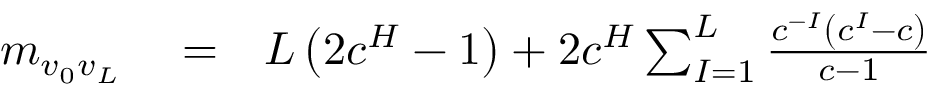
\begin{array} { r l r } { m _ { v _ { 0 } v _ { L } } } & { { } = } & { L \left( 2 c ^ { H } - 1 \right) + 2 c ^ { H } \sum _ { I = 1 } ^ { L } \frac { c ^ { - I } \left( c ^ { I } - c \right) } { c - 1 } } \end{array}